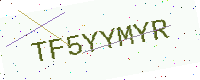
Text: TF5YYMYR